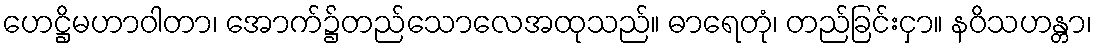
ဟေဋ္ဌိမဟာဝါတာ၊ အောက်၌တည်သောလေအထုသည်။ ဓာရေတုံ၊ တည်ခြင်းငှာ။ နဝိသဟန္တာ၊